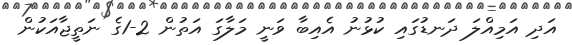
އަދި އަމިއްލަ ދަނޑުގައި ކުޅުނު އެއިބާ ވަނީ މަލާގަ އަތުން 2-1ގެ ނަތީޖާއަކުން